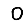
Digit: 0